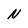
Character: N